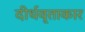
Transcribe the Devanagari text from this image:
दीर्धवृताकार